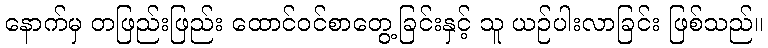
နောက်မှ တဖြည်းဖြည်း ထောင်ဝင်စာတွေ့ခြင်းနှင့် သူ ယဉ်ပါးလာခြင်း ဖြစ်သည်။